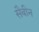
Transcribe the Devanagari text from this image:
सैबीन